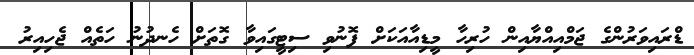
ޑްރައިވަރުންގެ ޖަމްއިއްޔާއިން ހުރިހާ މީޑިއާއަކަށް ފޮނުވި ސިޓީގައިވާ ގޮތަށް ހެނދުނު ހަތެއް ޖެހިއިރު